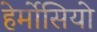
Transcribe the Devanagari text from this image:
हेर्मोसियो